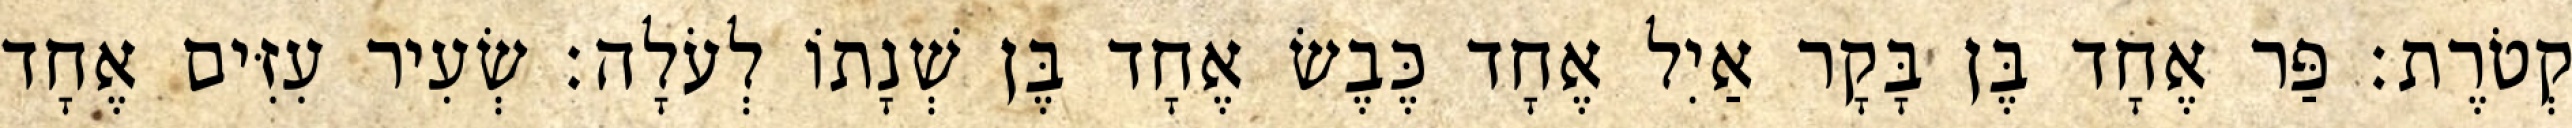
קְטֹרֶת׃ פַּר אֶחָד בֶּן בָּקָר אַיִל אֶחָד כֶּבֶשׂ אֶחָד בֶּן שְׁנָתוֹ לְעֹלָה׃ שְׂעִיר עִזִּים אֶחָד